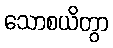
သောစယိတွာ